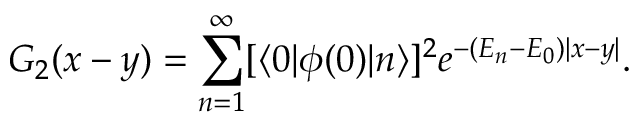
G _ { 2 } ( x - y ) = \sum _ { n = 1 } ^ { \infty } [ \langle 0 | \phi ( 0 ) | n \rangle ] ^ { 2 } e ^ { - ( E _ { n } - E _ { 0 } ) | x - y | } .